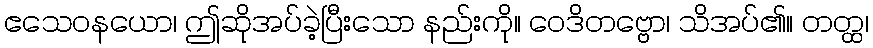
ဧသေဝနယော၊ ဤဆိုအပ်ခဲ့ပြီးသော နည်းကို။ ဝေဒိတဗ္ဗော၊ သိအပ်၏။ တတ္ထ၊